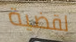
لقضية